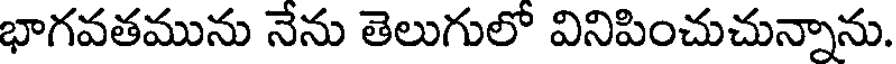
భాగవతమును నేను తెలుగులో వినిపించుచున్నాను.